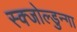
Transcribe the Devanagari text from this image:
स्क्जोल्डुन्गा